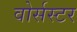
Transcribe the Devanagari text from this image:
वोर्सस्टर